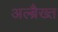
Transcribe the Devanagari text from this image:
अल्ब्रैख्त